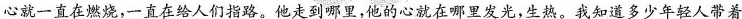
心就一直在燃烧，一直在给人们指路。他走到哪里，他的心就在哪里发光，生熟。知道多少年轻人带着